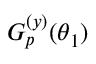
G _ { p } ^ { ( y ) } ( \theta _ { 1 } )